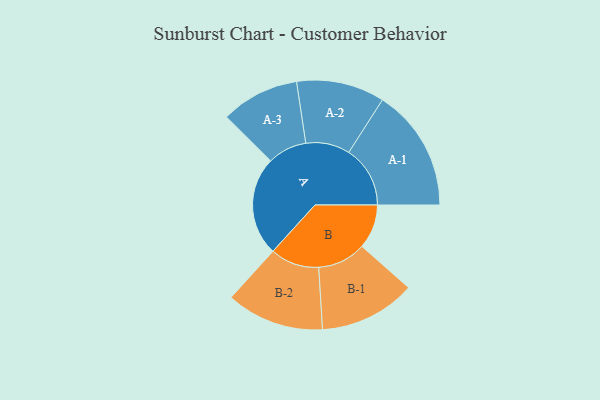
{"axis": {"x": "Segment", "y": "Value"}, "legend": ["", "A", "B"], "data": [{"x": "A", "y": 447, "type": ""}, {"x": "B", "y": 200, "type": ""}, {"x": "A-1", "y": 277, "type": "A"}, {"x": "A-2", "y": 199, "type": "A"}, {"x": "A-3", "y": 177, "type": "A"}, {"x": "B-1", "y": 218, "type": "B"}, {"x": "B-2", "y": 221, "type": "B"}]}